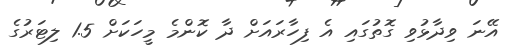
އޭނަ ވިދާޅުވި ގޮތުގައި އެ ފިހާރައަށް ދާ ކޮންމެ މީހަކަށް 1.5 ލިޓަރުގެ